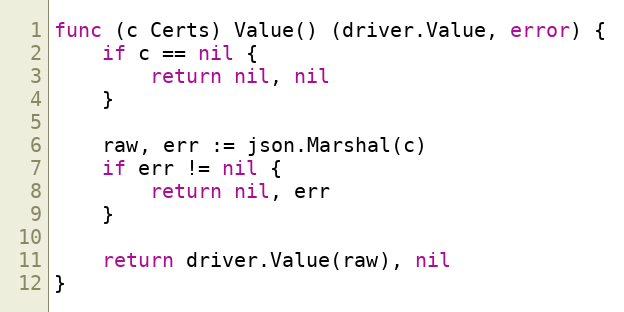
Language: Go
func (c Certs) Value() (driver.Value, error) {
	if c == nil {
		return nil, nil
	}

	raw, err := json.Marshal(c)
	if err != nil {
		return nil, err
	}

	return driver.Value(raw), nil
}